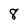
Character: 8